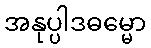
အနုပ္ပါဒဓမ္မော